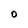
Character: O